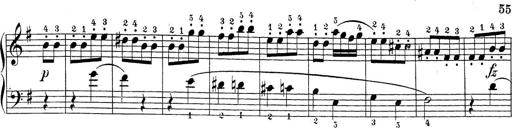
Title: Sonatina Album
Composer: Louis KÃ¶hler